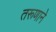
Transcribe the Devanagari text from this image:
तरूणाने